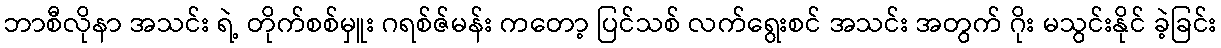
ဘာစီလိုနာ အသင်း ရဲ့ တိုက်စစ်မှူး ဂရစ်ဇ်မန်း ကတော့ ပြင်သစ် လက်ရွေးစင် အသင်း အတွက် ဂိုး မသွင်းနိုင် ခဲ့ခြင်း